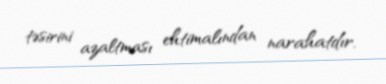
təsirini azaltması ehtimalından narahatdır.